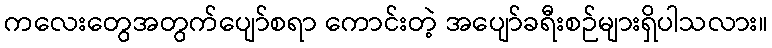
ကလေးတွေအတွက်ပျော်စရာ ကောင်းတဲ့ အပျော်ခရီးစဉ်များရှိပါသလား။